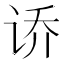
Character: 𫍤